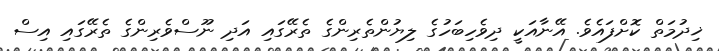
ޚިދުމަތް ކޮށްފައެވެ. އޭނާއަކީ ދިވެހިބަހުގެ ލިޔުންތެރިންގެ ތެރޭގައި އަދި ނޫސްވެރިންގެ ތެރޭގައި އިސް